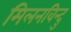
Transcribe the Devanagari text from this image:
मिलनविन्दु